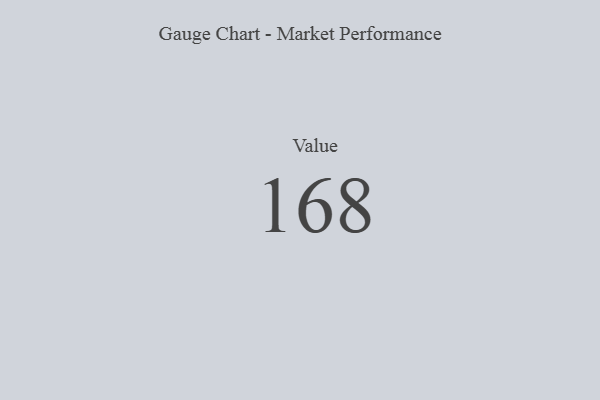
{"axis": {"x": "Metric", "y": "Value"}, "legend": [""], "data": [{"x": "Value", "y": 168, "type": ""}]}